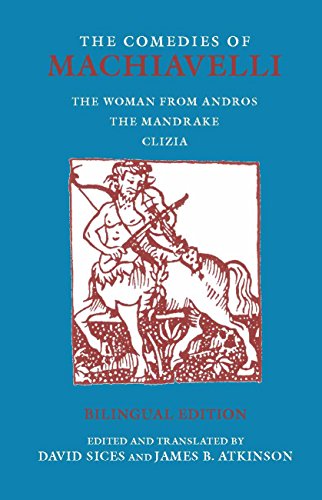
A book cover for The Comedies of Machiavelli: The Woman from Andros; The Mandrake; Clizia (Hackett Classics); Niccolo Machiavelli; Politics & Social Sciences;